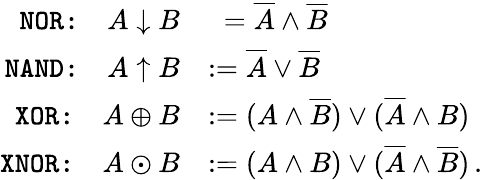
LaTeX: \begin{array}{rl}{\texttt{NOR:}\quad A\downarrow B}&{\phantom{:}=\overline{A}\wedge\overline{B}}\\ {\texttt{NAND:}\quad A\uparrow B}&{:=\overline{A}\vee\overline{B}}\\ {\texttt{XOR:}\quad A\oplus B}&{:=(A\wedge\overline{B})\vee(\overline{A}\wedge B)}\\ {\texttt{XNOR:}\quad A\odot B}&{:=(A\wedge B)\vee(\overline{A}\wedge\overline{B})\, .}\end{array}